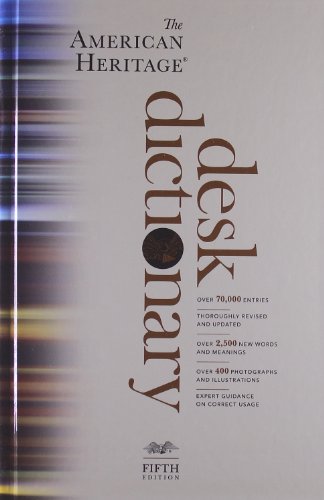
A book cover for The American Heritage Desk Dictionary, Fifth Edition; Editors of the American Heritage Dictionaries; Reference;